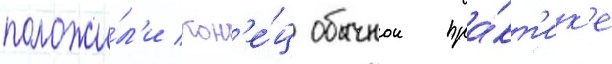
положи́л'и кон'е́ц обычнои пра́кт'ик'е